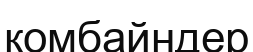
комбайндер